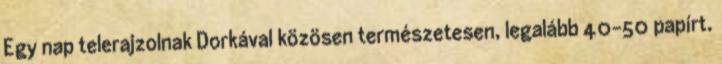
Egy nap telerajzolnak Dorkával közösen természetesen, legalább 40-50 papírt.